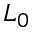
L _ { 0 }